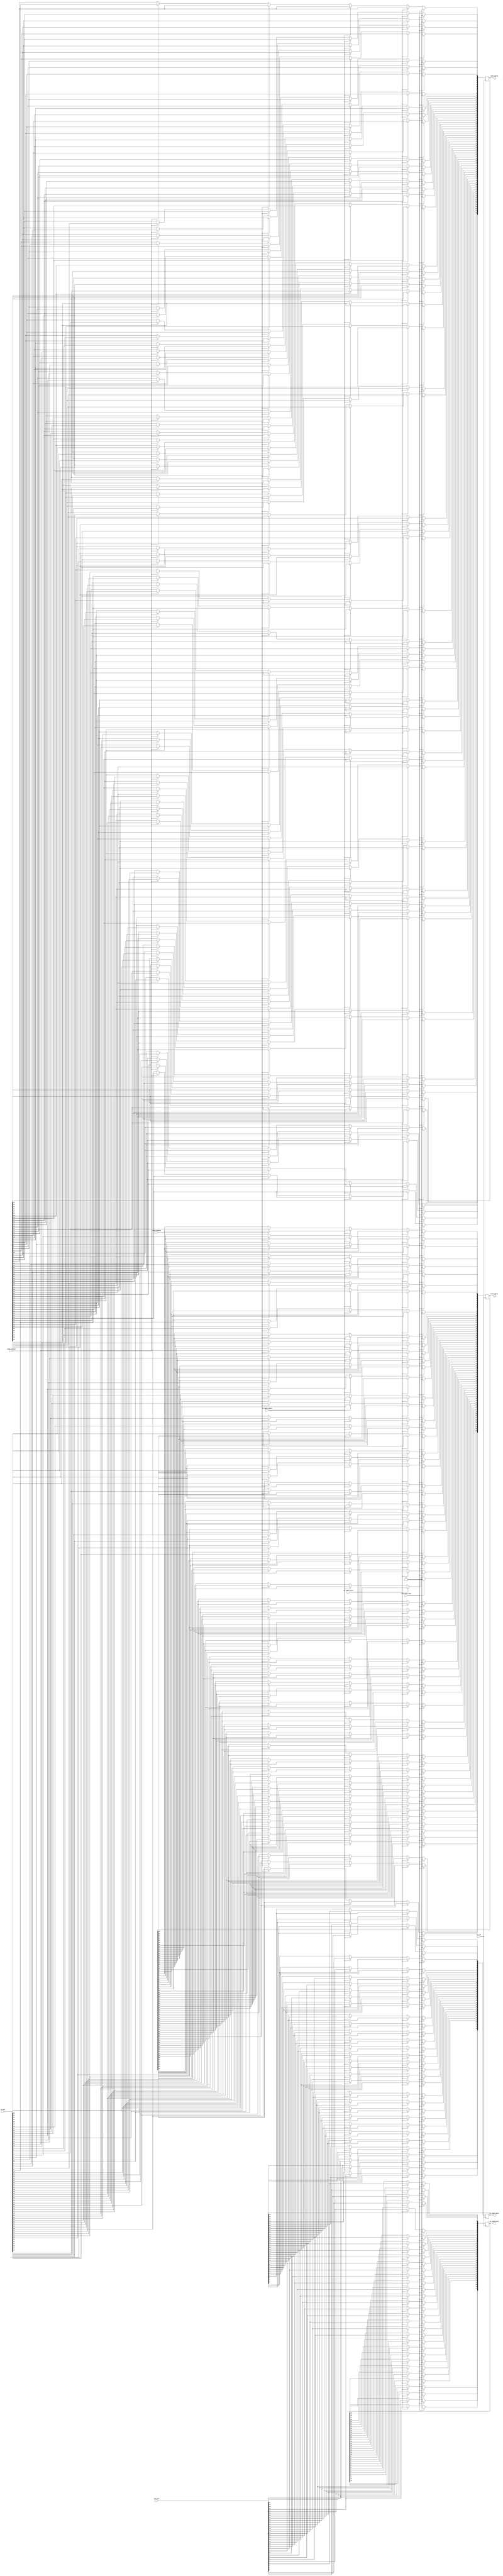
module 
DRU(fb_data, up_reg32_odata, lo_reg32_odata, reg64_odata1, 
    reg64_odata2, mem_data, up_reg32_enable, lo_reg32_enable,
    reg64_enable1, reg64_enable2, sys_clk, clear_data_regs);

input           sys_clk;
input           clear_data_regs;
input           up_reg32_enable, lo_reg32_enable;
input           reg64_enable1, reg64_enable2;
input[31:0]     mem_data;
input[63:0]     fb_data;
output[31:0]    up_reg32_odata, lo_reg32_odata;
output[63:0]    reg64_odata1, reg64_odata2;
wire            sys_clk, clear_data_regs;
wire[31:0]      mem_data;
wire[63:0]      fb_data;
reg[31:0]       up_reg32_odata;
reg[31:0]       lo_reg32_odata;
wire            up_reg32_enable;
wire            lo_reg32_enable;
wire            ld_3st_cntrl;
reg[63:0]       reg64_odata1;
reg[63:0]       reg64_odata2;
wire            reg64_enable1;
wire            reg64_enable2;
wire            str_mux_sel;
wire            str_3st_cntrl;
integer         i;

always@(posedge sys_clk)
if(clear_data_regs)
    begin
        for( i=0; i<32; i=i+1)
            begin
                up_reg32_odata[i] = 0;
                lo_reg32_odata[i] = 0;   
            end
        for ( i=0; i<64; i=i+1)
            begin
                reg64_odata1[i] = 0;
                reg64_odata2[i] = 0;
            end
    end
else
    begin
        if(up_reg32_enable == 1)
            up_reg32_odata <= mem_data;
        else if(lo_reg32_enable == 1)
            lo_reg32_odata <= mem_data;
        else if(reg64_enable1 == 1)
            reg64_odata1 <= fb_data;
        else if(reg64_enable2 == 1)
            reg64_odata2 <= fb_data;
    end
endmodule